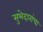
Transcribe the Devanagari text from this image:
सुभेदारांचा